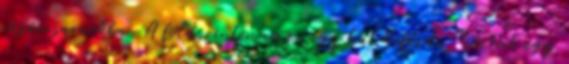
vásárcsarnokba. A földszinten van vagy hat kifőzde, köztük egy